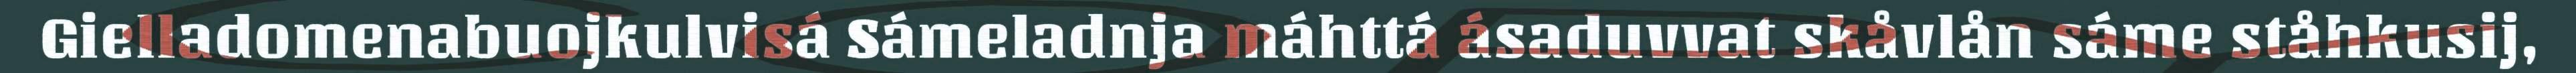
Gielladomenabuojkulvisá Sámeladnja máhttá ásaduvvat skåvlån sáme ståhkusij,